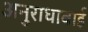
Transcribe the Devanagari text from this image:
अनुराधाबाई